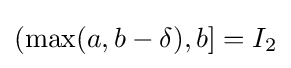
(\max(a,b-\delta ),b]=I_{2}